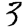
Digit: 3